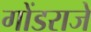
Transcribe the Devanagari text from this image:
गोंडराजे